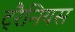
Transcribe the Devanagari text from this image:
ट्रैनियस